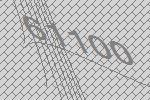
61100